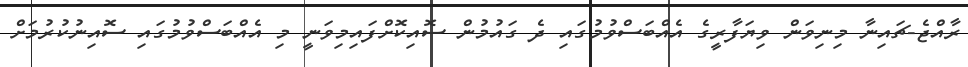
ރާއްޖެ-ޗައިނާ މިނިވަން ވިޔަފާރީގެ އެއްބަސްވުމުގައި ދެ ގައުމުން ސޮއިކޮށްފައިމިވަނީ މި އެއްބަސްވުމުގައި ސޮއިނުކުރުމަށް